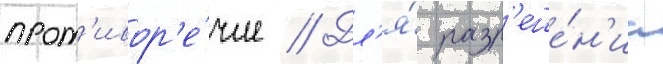
прот'ивор'е́чие // Дл'я́ разр'еше́н'иа